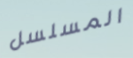
المسلسل